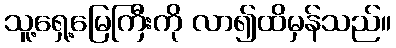
သူ့ရှေ့မြေကြီးကို လာ၍ထိမှန်သည်။